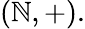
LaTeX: (\mathbb{N},+).